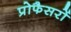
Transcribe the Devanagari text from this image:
प्रोफैसरों